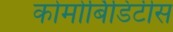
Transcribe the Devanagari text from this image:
कोमोर्बिडिटीस